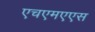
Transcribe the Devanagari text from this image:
एचएमएएस